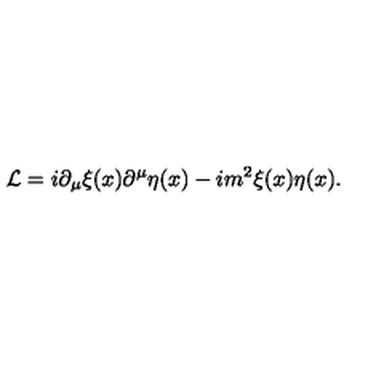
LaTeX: { \cal L } = i \partial _ { \mu } \xi ( x ) \partial ^ { \mu } \eta ( x ) - i m ^ { 2 } \xi ( x ) \eta ( x ) .